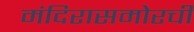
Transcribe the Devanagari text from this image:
मंदिरासमोरची